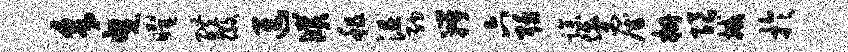
采曳曜醴徽进濮租沮纳瓣六聒躁俄雇栅限撼于